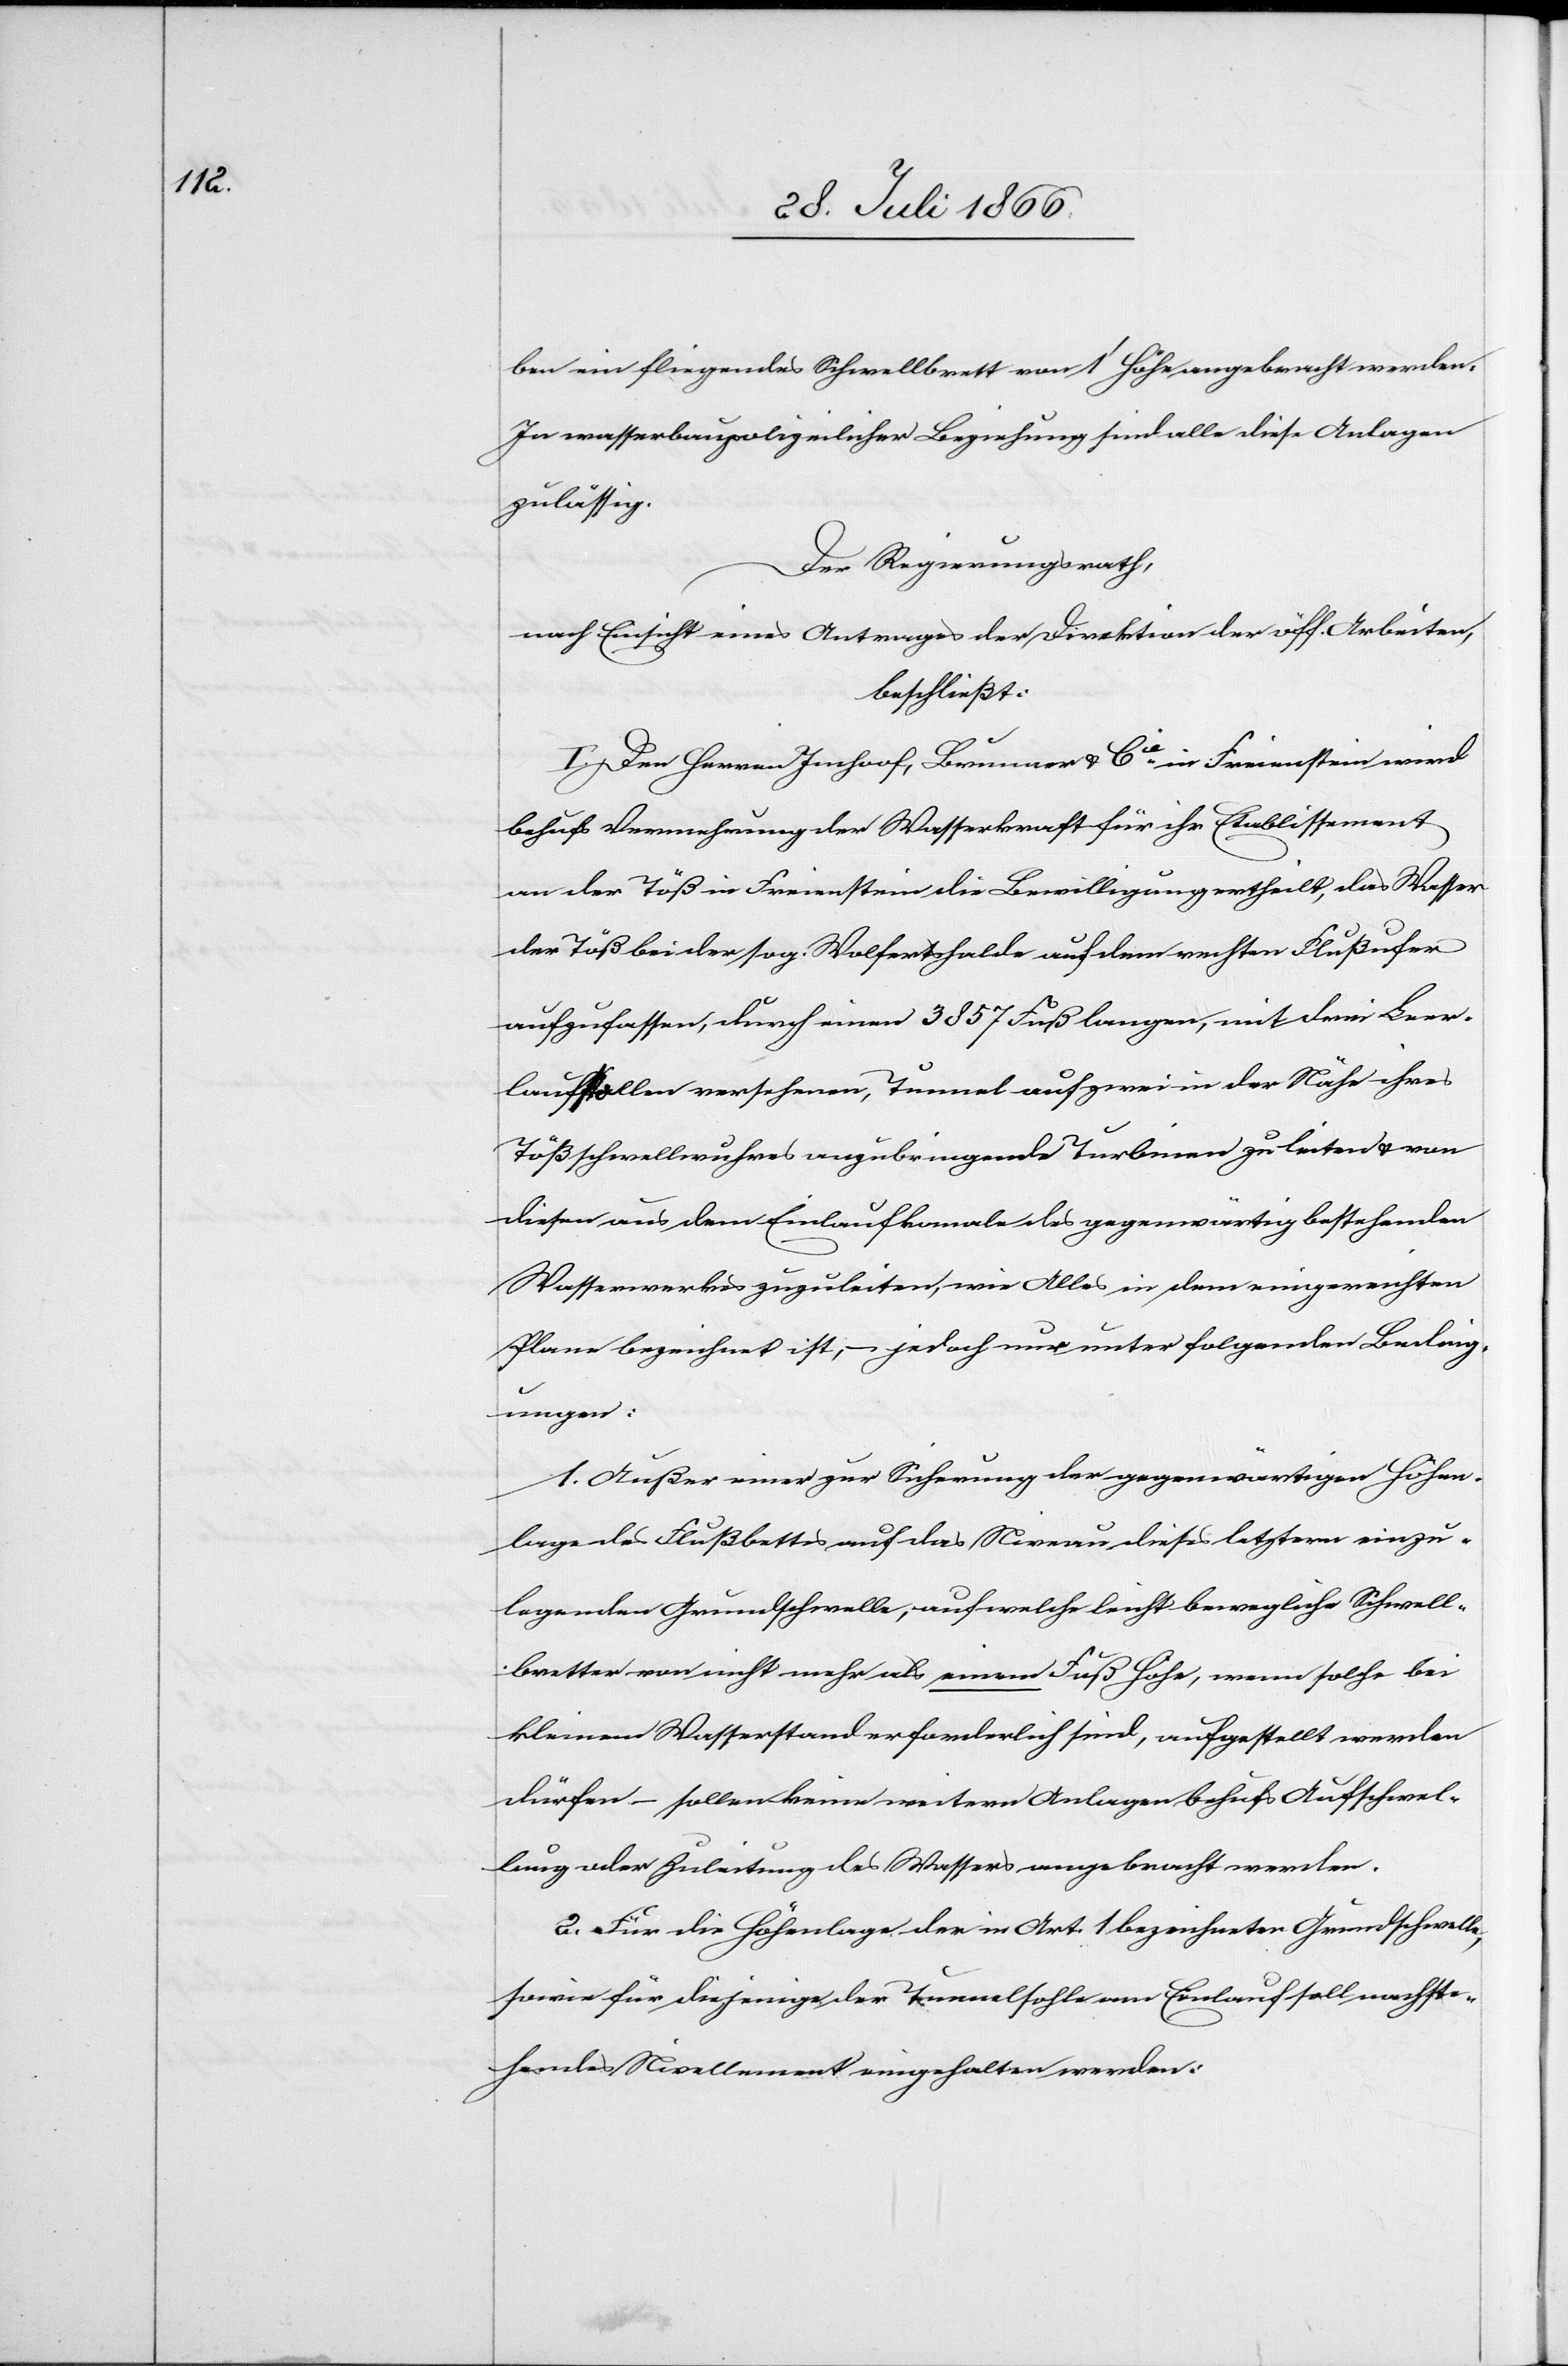
ben ein fliegendes Schwellbrett von 1‘ Höhe angebracht werden.
In wasserbaupolizeilicher Beziehung sind alle diese Anlagen
zulässig.
Der Regierungsrath,
nach Einsicht eines Antrages der Direktion des öff. Arbeiten,
beschließt:
I. Den Herren Imhoof, Brunner u. Cie. in Freienstein wird
behufs Vermehrung der Wasserkraft für ihr Etablissement
an der Töß in Freienstein die Bewilligung ertheilt, das Wasser
der Töß bei der sog. Wolfertshalde auf dem rechten Flußufer
aufzufassen, durch einen 3857 Fuß langen, mit drei Leer¬
laufstollen versehenen, Tunnel auf zwei in der Nähe ihres
Tößschwellwuhres anzubringende Turbinen zu leiten u. von
diesen aus dem Einlaufkanale des gegenwärtig bestehenden
Wasserwerkes zuzuleiten, wie Alles in dem eingereichten
Plane bezeichnet ist, – jedoch nur unter folgenden Beding¬
ungen:
1. Außer einer zur Sicherung der gegenwärtigen Höhen¬
lage des Flußbettes auf das Niveau dieses letztern einzu¬
legenden Grundschwelle, auf welche leicht bewegliche Schwell¬
bretter von nicht mehr als einem Fuß Höhe, wenn solche bei
kleinem Wasserstande erforderlich sind, aufgestellt werden
dürfen – sollen keine weitern Anlagen behufs Aufschwel¬
lung oder Zuleitung des Wassers angebracht werden.
2. Für die Höhenlage der in Art. 1 bezeichneten Grundschwelle,
sowie für diejenige der Tunnelsohle am Einlauf soll nachste¬
hendes Nivellement eingehalten werden: